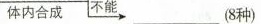
体内合成 不能 （8种）